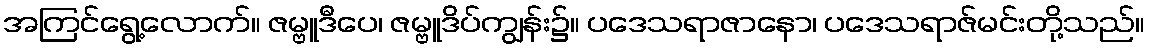
အကြင်ရွေ့လောက်။ ဇမ္ဗူဒီပေ၊ ဇမ္ဗူဒိပ်ကျွန်း၌။ ပဒေသရာဇာနော၊ ပဒေသရာဇ်မင်းတို့သည်။